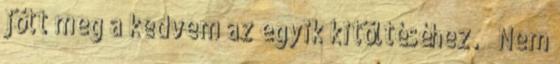
jött meg a kedvem az egyik kitöltéséhez. ➤ Nem